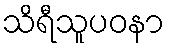
သိရီသူပဝနာ